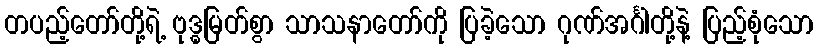
တပည့်တော်တို့ရဲ့ ဗုဒ္ဓမြတ်စွာ သာသနာတော်ကို ပြခဲ့သော ဂုဏ်အင်္ဂါတို့နဲ့ ပြည့်စုံသော